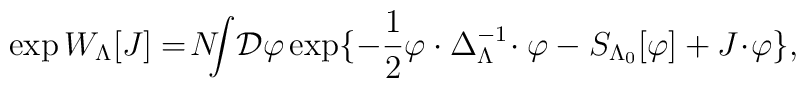
\exp W_{\Lambda}[J] =\! N\!\!\!\int\!{\cal D}\varphi \exp\{ -\frac{1}{2}\varphi \cdot\Delta^{-1}_{\Lambda}\! \cdot\varphi-S_{\Lambda_{0}}[\varphi]+J\!\cdot\!\varphi\},